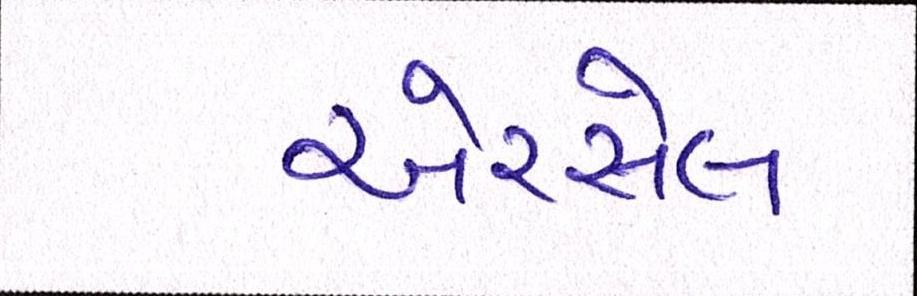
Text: એરસેલ